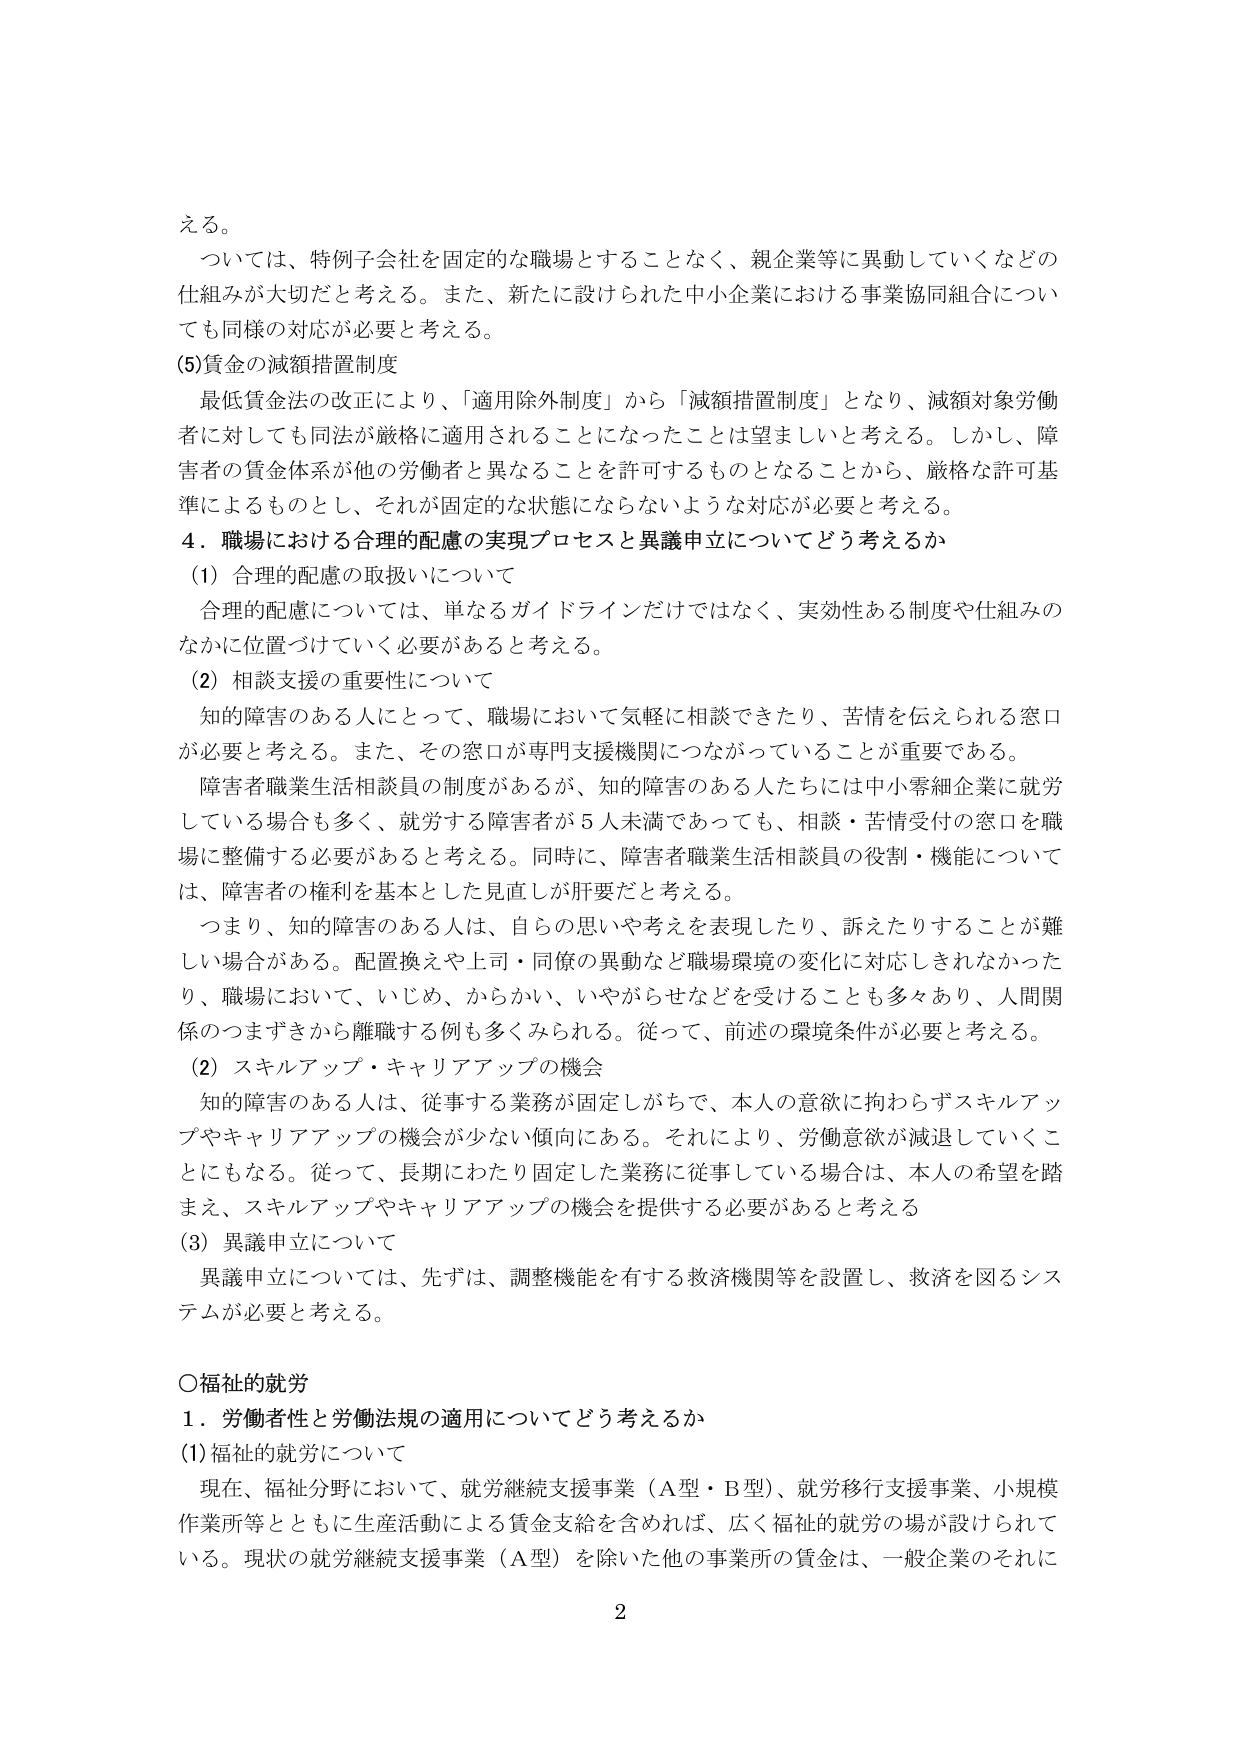
える。

ついては、特例子会社を固定的な職場とすることなく、親企業等に異動していくなどの
仕組みが大切だと考える。また、新たに設けられた中小企業における事業協同組合につい
ても同様の対応が必要と考える。

(5)賃金の減額措置制度
最低賃金法の改正により、「適用除外制度」から「減額措置制度」となり、減額対象労働
者に対しても同法が厳格に適用されることになったことは望ましいと考える。しかし、障
害者の賃金体系が他の労働者と異なることを許可するものとなることから、厳格な許可基
準によるものとし、それが固定的な状態にならないような対応が必要と考える。

4．職場における合理的配慮の実現プロセスと異議申立についてどう考えるか
(1) 合理的配慮の取扱いについて
合理的配慮については、単なるガイドラインだけではなく、実効性ある制度や仕組みの
なかに位置づけていく必要があると考える。

(2) 相談支援の重要性について
知的障害のある人にとって、職場において気軽に相談できたり、苦情を伝えられる窓口
が必要と考える。また、その窓口が専門支援機関につながっていることが重要である。
障害者職業生活相談員の制度があるが、知的障害のある人たちには中小零細企業に就労
している場合も多く、就労する障害者が5人未満であっても、相談・苦情受付の窓口を職
場に整備する必要があると考える。同時に、障害者職業生活相談員の役割・機能について
は、障害者の権利を基本とした見直しが肝要だと考える。
つまり、知的障害のある人は、自分の思いや考えを表現したり、訴えたりすることが難
しい場合がある。配置換えや上司・同僚の異動など職場環境の変化に対応しきれなかった
り、職場において、いじめ、からかい、いやがらせなどを受けることも多々あり、人間関
係のつまずきから離職する例も多くみられる。従って、前述の環境条件が必要と考える。

(2) スキルアップ・キャリアアップの機会
知的障害のある人は、従事する業務が固定しがちで、本人の意欲に拘わらずスキルアッ
プやキャリアアップの機会が少ない傾向にある。それにより、労働意欲が減退していくこ
とにもなる。従って、長期にわたり固定した業務に従事している場合は、本人の希望を踏
まえ、スキルアップやキャリアアップの機会を提供する必要があると考える

(3) 異議申立について
異議申立については、先ずは、調整機能を有する救済機関等を設置し、救済を図るシス
テムが必要と考える。

○福祉的就労
1．労働者性と労働法規の適用についてどう考えるか
(1) 福祉的就労について
現在、福祉分野において、就労継続支援事業（A型・B型）、就労移行支援事業、小規模
作業所等とともに生産活動による賃金支給を含めれば、広く福祉的就労の場が設けられて
いる。現状の就労継続支援事業（A型）を除いた他の事業所の賃金は、一般企業のそれに

2